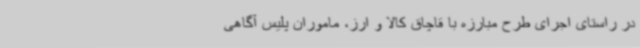
در راستای اجرای طرح مبارزه با قاچاق کالا و ارز، ماموران پلیس آگاهی